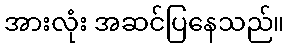
အားလုံး အဆင်ပြနေသည်။